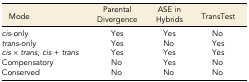
<table><thead><tr><td><b>Mode</b></td><td><b>Parental Divergence</b></td><td><b>ASE in Hybrids</b></td><td><b>TransTest</b></td></tr></thead><tbody><tr><td><i>cis</i>-only</td><td>Yes</td><td>Yes</td><td>No</td></tr><tr><td><i>trans</i>-only</td><td>Yes</td><td>No</td><td>Yes</td></tr><tr><td><i>cis</i> × <i>trans</i>, <i>cis</i> + <i>trans</i></td><td>Yes</td><td>Yes</td><td>Yes</td></tr><tr><td>Compensatory</td><td>No</td><td>Yes</td><td>No</td></tr><tr><td>Conserved</td><td>No</td><td>No</td><td>No</td></tr></tbody></table>